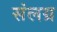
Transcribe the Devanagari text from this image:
संलग्र